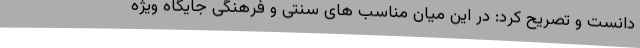
دانست و تصریح کرد: در این میان مناسب های سنتی و فرهنگی جایگاه ویژه